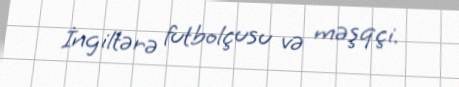
İngiltərə futbolçusu və məşqçi.